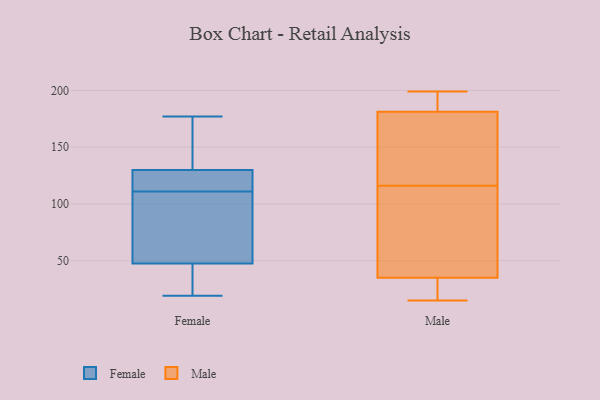
{"axis": {"x": "Churn Rate (%)", "y": "Value"}, "legend": ["Female", "Male"], "data": [{"x": "", "y": 111, "type": "Female"}, {"x": "", "y": 177, "type": "Female"}, {"x": "", "y": 119, "type": "Female"}, {"x": "", "y": 29, "type": "Female"}, {"x": "", "y": 130, "type": "Female"}, {"x": "", "y": 172, "type": "Female"}, {"x": "", "y": 67, "type": "Female"}, {"x": "", "y": 19, "type": "Female"}, {"x": "", "y": 64, "type": "Female"}, {"x": "", "y": 130, "type": "Female"}, {"x": "", "y": 42, "type": "Female"}, {"x": "", "y": 178, "type": "Male"}, {"x": "", "y": 23, "type": "Male"}, {"x": "", "y": 117, "type": "Male"}, {"x": "", "y": 62, "type": "Male"}, {"x": "", "y": 39, "type": "Male"}, {"x": "", "y": 199, "type": "Male"}, {"x": "", "y": 66, "type": "Male"}, {"x": "", "y": 194, "type": "Male"}, {"x": "", "y": 191, "type": "Male"}, {"x": "", "y": 15, "type": "Male"}, {"x": "", "y": 22, "type": "Male"}, {"x": "", "y": 116, "type": "Male"}, {"x": "", "y": 167, "type": "Male"}]}